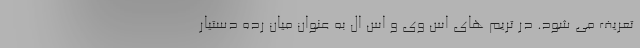
تعریف می شود. در تریم های اس وی و اس ال به عنوان میان رده دستیار